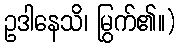
ဥဒါနေသိ၊ မြွက်၏။)